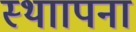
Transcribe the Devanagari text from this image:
स्थाापना